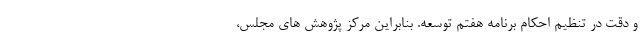
و دقت در تنظیم احکام برنامه هفتم توسعه. بنابراین مرکز پژوهش های مجلس،